Lunatic asylums United Provinces 1909-1921 - 1909-1921
Year: 1909
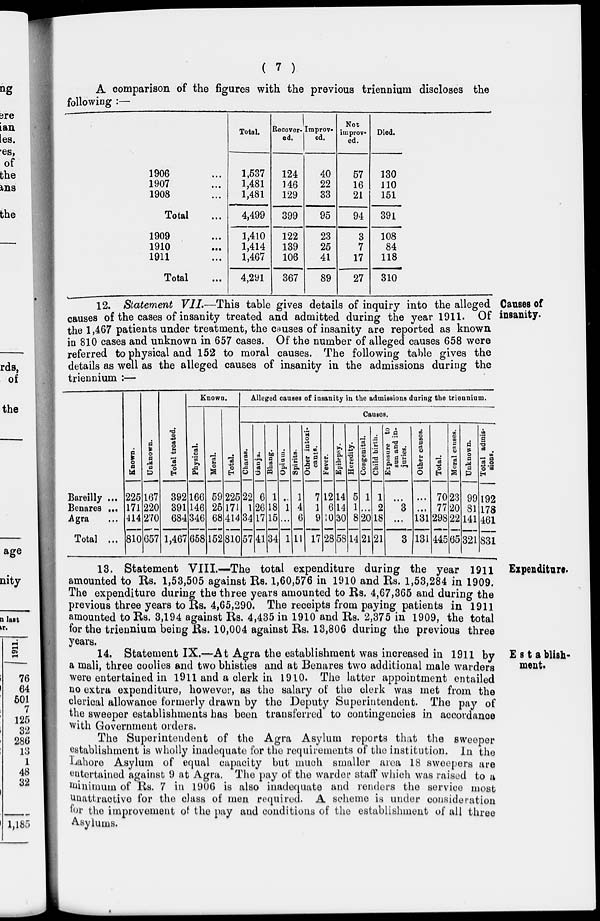
( 7 )
A comparison of the figures with the previous triennium discloses the
following :—
1906 ...
1907 ...
1908 ...
Total ...
1909 ...
1910 ...
1911 ...
Total ...
Total.
1,537
1,481
1,481
4,499
1,410
1,414
1,467
4,291
Recover-
ed.
124
146
129
399
122
139
106
367
Improv-
---
40
22
33
95
23
25
41
89
Not
improv-
ed.
57
16
21
94
3
7
17
27
Died.
130
110
151
391
108
84
118
310
Causes of
insanity.
12. Statement VII.—This table gives details of inquiry into the alleged
causes of the cases of insanity treated and admitted during the year 1911. Of
the 1,467 patients under treatment, the causes of insanity are reported as known
in 810 cases and unknown in 657 cases. Of the number of alleged causes 658 were
referred to physical and 152 to moral causes. The following table gives the
details as well as the alleged causes of insanity in the admissions during the
triennium :—
Bareilly ...
Benares ...
Agra ...
Total ...
Known.
225
171
414
810
Unknown.
167
220
270
657
Total treated.
392
391
684
1,467
Known.
Physical.
166
146
346
658
Moral.
59
25
68
152
Total.
225
171
414
810
Alleged causes of insanity in the admissions during the triennium.
Causes.
Charas.
22
1
34
57
Ganja.
6
26
17
41
Bhang.
1
18
15
34
Opium.
...
1
...
1
Spirits.
1
4
6
11
Other intoxi-
cants.
7
1
9
17
Fever.
12
6
10
28
Epilepsy.
14
14
30
58
Heredity.
5
1
8
14
Congenital.
1
...
20
21
Child birth.
1
2
18
21
Exposure to
sun and in-
juries.
...
3
...
3
Other causes.
...
...
131
131
Total.
70
77
298
445
Moral causes.
23
20
22
65
Unknown.
99
81
141
321
Total admis-
sions.
192
178
461
831
Expenditure.
13. Statement VIII.—The total expenditure during the year 1911
amounted to Rs. 1,53,505 against Rs. 1,60,576 in 1910 and Rs. 1,53,284 in 1909.
The expenditure during the three years amounted to Rs. 4,67,365 and during the
previous three years to Rs. 4,65,290. The receipts from paying patients in 1911
amounted to Rs. 3,194 against Rs. 4,435 in 1910 and Rs. 2,375 in 1909, the total
for the triennium being Rs. 10,004 against Rs. 13,806 during the previous three
years.
Establish-
ment.
14. Statement IX.—At Agra the establishment was increased in 1911 by
a mali, three coolies and two bhisties and at Benares two additional male warders
were entertained in 1911 and a clerk in 1910. The latter appointment entailed
no extra expenditure, however, as the salary of the clerk was met from the
clerical allowance formerly drawn by the Deputy Superintendent. The pay of
the sweeper establishments has been transferred to contingencies in accordance
with Government orders.
The Superintendent of the Agra Asylum reports that the sweeper
establishment is wholly inadequate for the requirements of the institution. In the
Lahore Asylum of equal capacity but much smaller area 18 sweepers are
entertained against 9 at Agra. The pay of the warder staff which was raised to a
minimum of Rs. 7 in 1906 is also inadequate and renders the service most
Unattractive for the class of men required. A scheme is under consideration
for the improvement of the pay and conditions of the establishment of all three
Asylums.